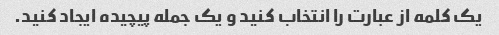
یک کلمه از عبارت را انتخاب کنید و یک جمله پیچیده ایجاد کنید.